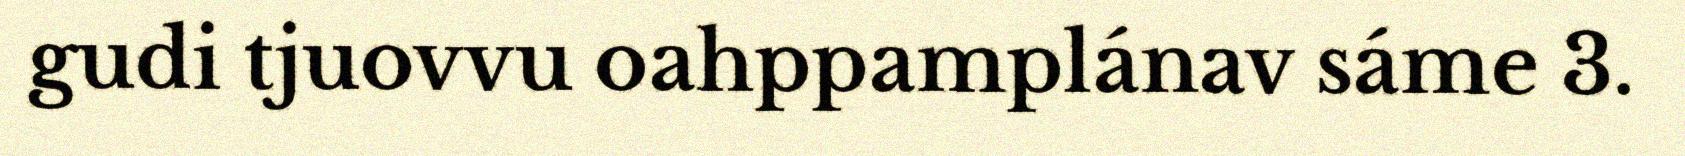
gudi tjuovvu oahppamplánav sáme 3.